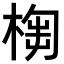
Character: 𣖣